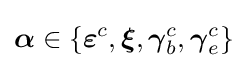
{\boldsymbol {\alpha }}\in \{{\boldsymbol {\varepsilon }}^{c},{\boldsymbol {\xi }},{\boldsymbol {\gamma }}_{b}^{c},{\boldsymbol {\gamma }}_{e}^{c}\}